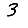
Digit: 3